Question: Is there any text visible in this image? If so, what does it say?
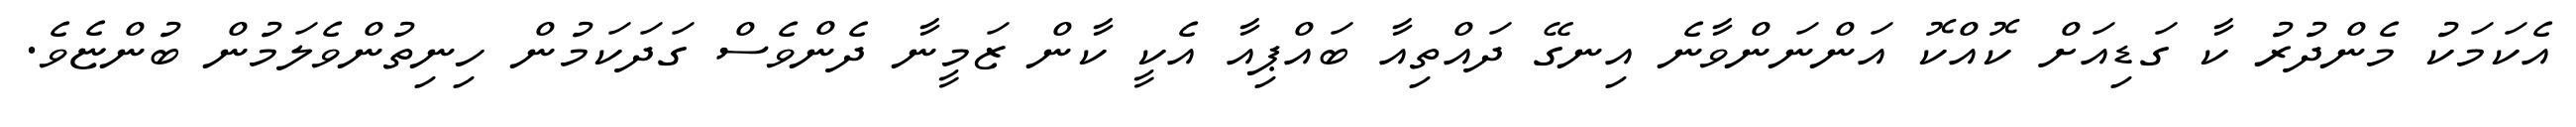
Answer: އެކަމަކު މެންދުރު ކާ ގަޑިއަށް ކޮއްކޮ އަންނަންވާނެ އިނގޭ ދައްތިއާ ބައްޕިއާ އެކީ ކާން ޒަމީނާ ދެންވެސް ގަދަކަމުން ހިނިތުންވެލަމުން ބުންޏެވެ.